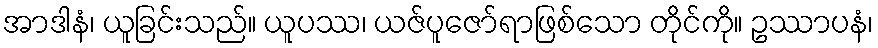
အာဒါနံ၊ ယူခြင်းသည်။ ယူပဿ၊ ယဇ်ပူဇော်ရာဖြစ်သော တိုင်ကို။ ဥဿာပနံ၊